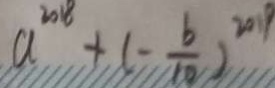
a ^ { 2 0 1 8 } + ( - \frac { b } { 1 0 } ) ^ { 2 0 1 9 }